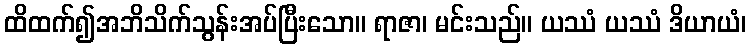
ထိထက်၍အဘိသိက်သွန်းအပ်ပြီးသော။ ရာဇာ၊ မင်းသည်။ ယဿံ ယဿံ ဒိယာယံ၊